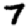
Digit: 7